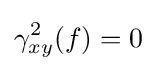
\gamma _{xy}^{2}(f)=0